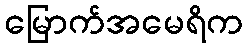
မြောက်အမေရိက